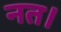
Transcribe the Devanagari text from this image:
नत।